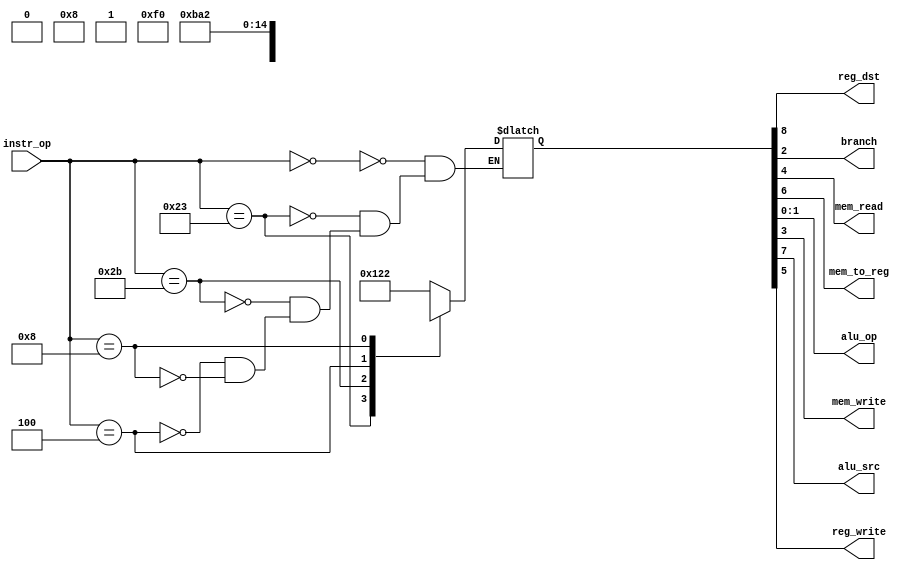
//=========================================================================
// Name & Email must be EXACTLY as in Gradescope roster!
// Name: Christopher Arellano
// 
// Assignment name: Lab 03
// Lab section: 021
// TA: Quan Fan
// 
// I hereby certify that I have not received assistance on this assignment,
// or used code, from ANY outside source other than the instruction team
// (apart from what was provided in the starter file).
//
//=========================================================================

module controlUnit  (
    input  wire [5:0] instr_op, 
    output wire       reg_dst,   
    output wire       branch,     
    output wire       mem_read,  
    output wire       mem_to_reg,
    output wire [1:0] alu_op,        
    output wire       mem_write, 
    output wire       alu_src,    
    output wire       reg_write
    );

// ------------------------------
// Insert your solution below
// ------------------------------ 

reg [8:0] control_wires;

always @ (instr_op) begin
    case (instr_op)
        6'b000000: control_wires = 9'b100100010; //R-format
        6'b100011: control_wires = 9'b011110000; //lw
        6'b101011: control_wires = 9'bx1x001000; //sw
        6'b000100: control_wires = 9'bx0x000101; //beq
        6'b001000: control_wires = 9'b110100010; //imm
    endcase
end

assign {reg_dst, 
        alu_src, 
        mem_to_reg, 
        reg_write, 
        mem_read, 
        mem_write, 
        branch, 
        alu_op} = control_wires;

endmodule